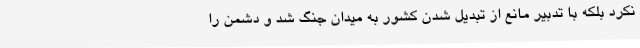
نکرد بلکه با تدبیر مانع از تبدیل شدن کشور به میدان جنگ شد و دشمن را